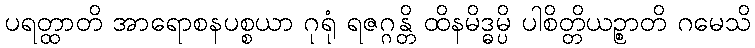
ပရတ္ထာတိ အာရောစနပစ္စယာ ဂုရုံ ရဇဂ္ဂန္တိ ထိနမိဒ္ဓမ္ပိ ပါစိတ္တိယဉ္စာတိ ဂမေသိ